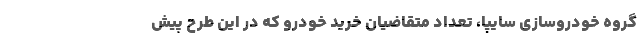
گروه خودروسازی سایپا، تعداد متقاضیان خرید خودرو که در این طرح پیش